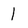
Character: l